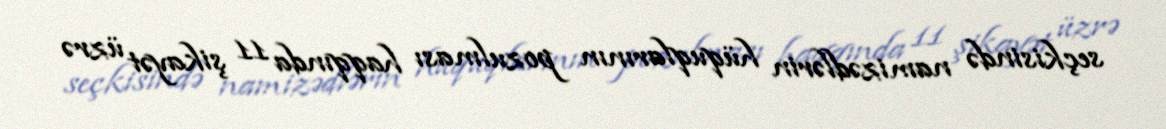
seçkisində namizədlərin hüquqlarının pozulması haqqında 11 şikayət üzrə